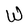
Character: W